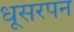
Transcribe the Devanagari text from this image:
धूसरपन